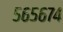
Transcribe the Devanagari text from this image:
५६५६७४